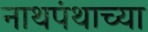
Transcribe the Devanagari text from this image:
नाथपंथाच्या